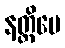
နတ္ထိပေ